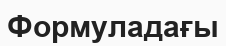
Формуладағы